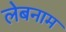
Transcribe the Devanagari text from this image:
लेबनाम